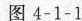
图4-1-1